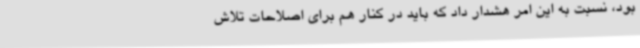
بود، نسبت به این امر هشدار داد که باید در کنار هم برای اصلاحات تلاش